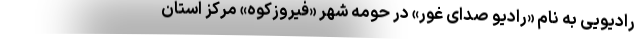
رادیویی به نام «رادیو صدای غور» در حومه شهر «فیروزکوه» مرکز استان